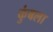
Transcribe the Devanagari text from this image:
कुंबला